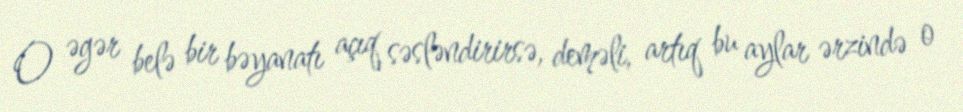
O əgər belə bir bəyanatı açıq səsləndirirsə, deməli, artıq bu aylar ərzində o